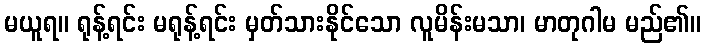
မယူရ။ ရုန့်ရင်း မရုန့်ရင်း မှတ်သားနိုင်သော လူမိန်းမသာ၊ မာတုဂါမ မည်၏။